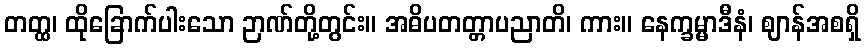
တတ္ထ၊ ထိုခြောက်ပါးသော ဉာဏ်တို့တွင်း။ အဓိပတတ္တာပညာတိ၊ ကား။ နေက္ခမ္မာဒီနံ၊ ဈာန်အစရှိ